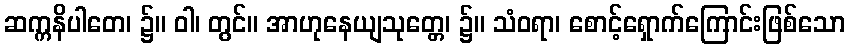
ဆက္ကနိပါတေ၊ ၌။ ဝါ၊ တွင်။ အာဟုနေယျသုတ္တေ၊ ၌။ သံဝရာ၊ စောင့်ရှောက်ကြောင်းဖြစ်သော